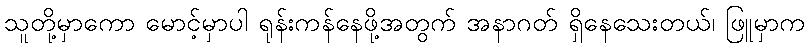
သူတို့မှာကော မောင့်မှာပါ ရုန်းကန်နေဖို့အတွက် အနာဂတ် ရှိနေသေးတယ်၊ ဖြူမှာက